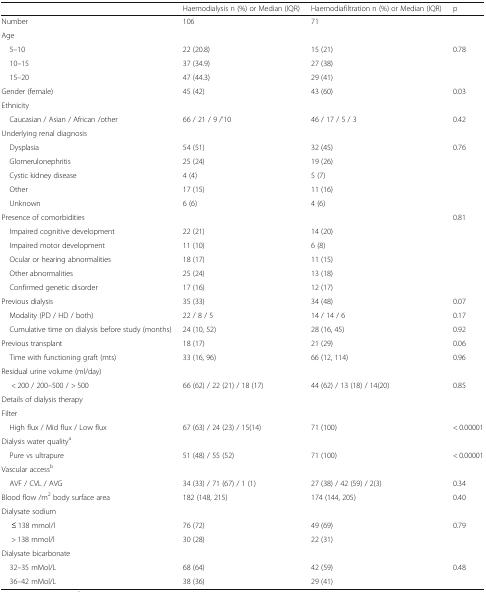
<table><thead><tr><td></td><td><b>Haemodialysis n (%) or Median (IQR)</b></td><td><b>Haemodiafiltration n (%) or Median (IQR)</b></td><td><b>p</b></td></tr></thead><tbody><tr><td>Number</td><td>106</td><td>71</td><td></td></tr><tr><td colspan="4">Age</td></tr><tr><td> 5–10</td><td>22 (20.8)</td><td>15 (21)</td><td rowspan="3">0.78</td></tr><tr><td> 10–15</td><td>37 (34.9)</td><td>27 (38)</td></tr><tr><td> 15–20</td><td>47 (44.3)</td><td>29 (41)</td></tr><tr><td>Gender (female)</td><td>45 (42)</td><td>43 (60)</td><td>0.03</td></tr><tr><td colspan="4">Ethnicity</td></tr><tr><td> Caucasian / Asian / African /other</td><td>66 / 21 / 9 /’10</td><td>46 / 17 / 5 / 3</td><td>0.42</td></tr><tr><td colspan="4">Underlying renal diagnosis</td></tr><tr><td> Dysplasia</td><td>54 (51)</td><td>32 (45)</td><td rowspan="5">0.76</td></tr><tr><td> Glomerulonephritis</td><td>25 (24)</td><td>19 (26)</td></tr><tr><td> Cystic kidney disease</td><td>4 (4)</td><td>5 (7)</td></tr><tr><td> Other</td><td>17 (15)</td><td>11 (16)</td></tr><tr><td> Unknown</td><td>6 (6)</td><td>4 (6)</td></tr><tr><td colspan="3">Presence of comorbidities</td><td rowspan="6">0.81</td></tr><tr><td> Impaired cognitive development</td><td>22 (21)</td><td>14 (20)</td></tr><tr><td> Impaired motor development</td><td>11 (10)</td><td>6 (8)</td></tr><tr><td> Ocular or hearing abnormalities</td><td>18 (17)</td><td>11 (15)</td></tr><tr><td> Other abnormalities</td><td>25 (24)</td><td>13 (18)</td></tr><tr><td> Confirmed genetic disorder</td><td>17 (16)</td><td>12 (17)</td></tr><tr><td>Previous dialysis</td><td>35 (33)</td><td>34 (48)</td><td>0.07</td></tr><tr><td> Modality (PD / HD / both)</td><td>22 / 8 / 5</td><td>14 / 14 / 6</td><td>0.17</td></tr><tr><td> Cumulative time on dialysis before study (months)</td><td>24 (10, 52)</td><td>28 (16, 45)</td><td>0.92</td></tr><tr><td>Previous transplant</td><td>18 (17)</td><td>21 (29)</td><td>0.06</td></tr><tr><td> Time with functioning graft (mts)</td><td>33 (16, 96)</td><td>66 (12, 114)</td><td>0.96</td></tr><tr><td colspan="4">Residual urine volume (ml/day)</td></tr><tr><td>&lt; 200 / 200–500 / &gt; 500</td><td>66 (62) / 22 (21) / 18 (17)</td><td>44 (62) / 13 (18) / 14(20)</td><td>0.85</td></tr><tr><td colspan="4">Details of dialysis therapy</td></tr><tr><td colspan="4">Filter</td></tr><tr><td> High flux / Mid flux / Low flux</td><td>67 (63) / 24 (23) / 15(14)</td><td>71 (100)</td><td>&lt; 0.00001</td></tr><tr><td colspan="4">Dialysis water quality<sup>a</sup></td></tr><tr><td> Pure vs ultrapure</td><td>51 (48) / 55 (52)</td><td>71 (100)</td><td>&lt; 0.00001</td></tr><tr><td colspan="4">Vascular access<sup>b</sup></td></tr><tr><td> AVF / CVL / AVG</td><td>34 (33) / 71 (67) / 1 (1)</td><td>27 (38) / 42 (59) / 2(3)</td><td>0.34</td></tr><tr><td>Blood flow /m<sup>2</sup> body surface area</td><td>182 (148, 215)</td><td>174 (144, 205)</td><td>0.40</td></tr><tr><td colspan="4">Dialysate sodium</td></tr><tr><td>≤ 138 mmol/l</td><td>76 (72)</td><td>49 (69)</td><td rowspan="2">0.79</td></tr><tr><td>&gt; 138 mmol/l</td><td>30 (28)</td><td>22 (31)</td></tr><tr><td colspan="4">Dialysate bicarbonate</td></tr><tr><td> 32–35 mMol/L</td><td>68 (64)</td><td>42 (59)</td><td rowspan="2">0.48</td></tr><tr><td> 36–42 mMol/L</td><td>38 (36)</td><td>29 (41)</td></tr></tbody></table>